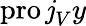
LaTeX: \operatorname{pro\mathit{j}}_{V}y